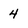
Character: 4